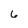
Character: 6